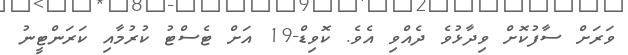
ވަރަށް ސާފުކޮށް ވިދާޅުވެ ދެއްވި އެވެ. ކޮވިޑް-19 އަށް ޓެސްޓު ކުރުމާއި ކަރަންޓީނު